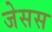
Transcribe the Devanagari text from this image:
जेसस